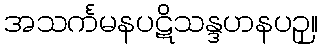
အသင်္ကမနပဋိသန္ဒဟနပဉှ။